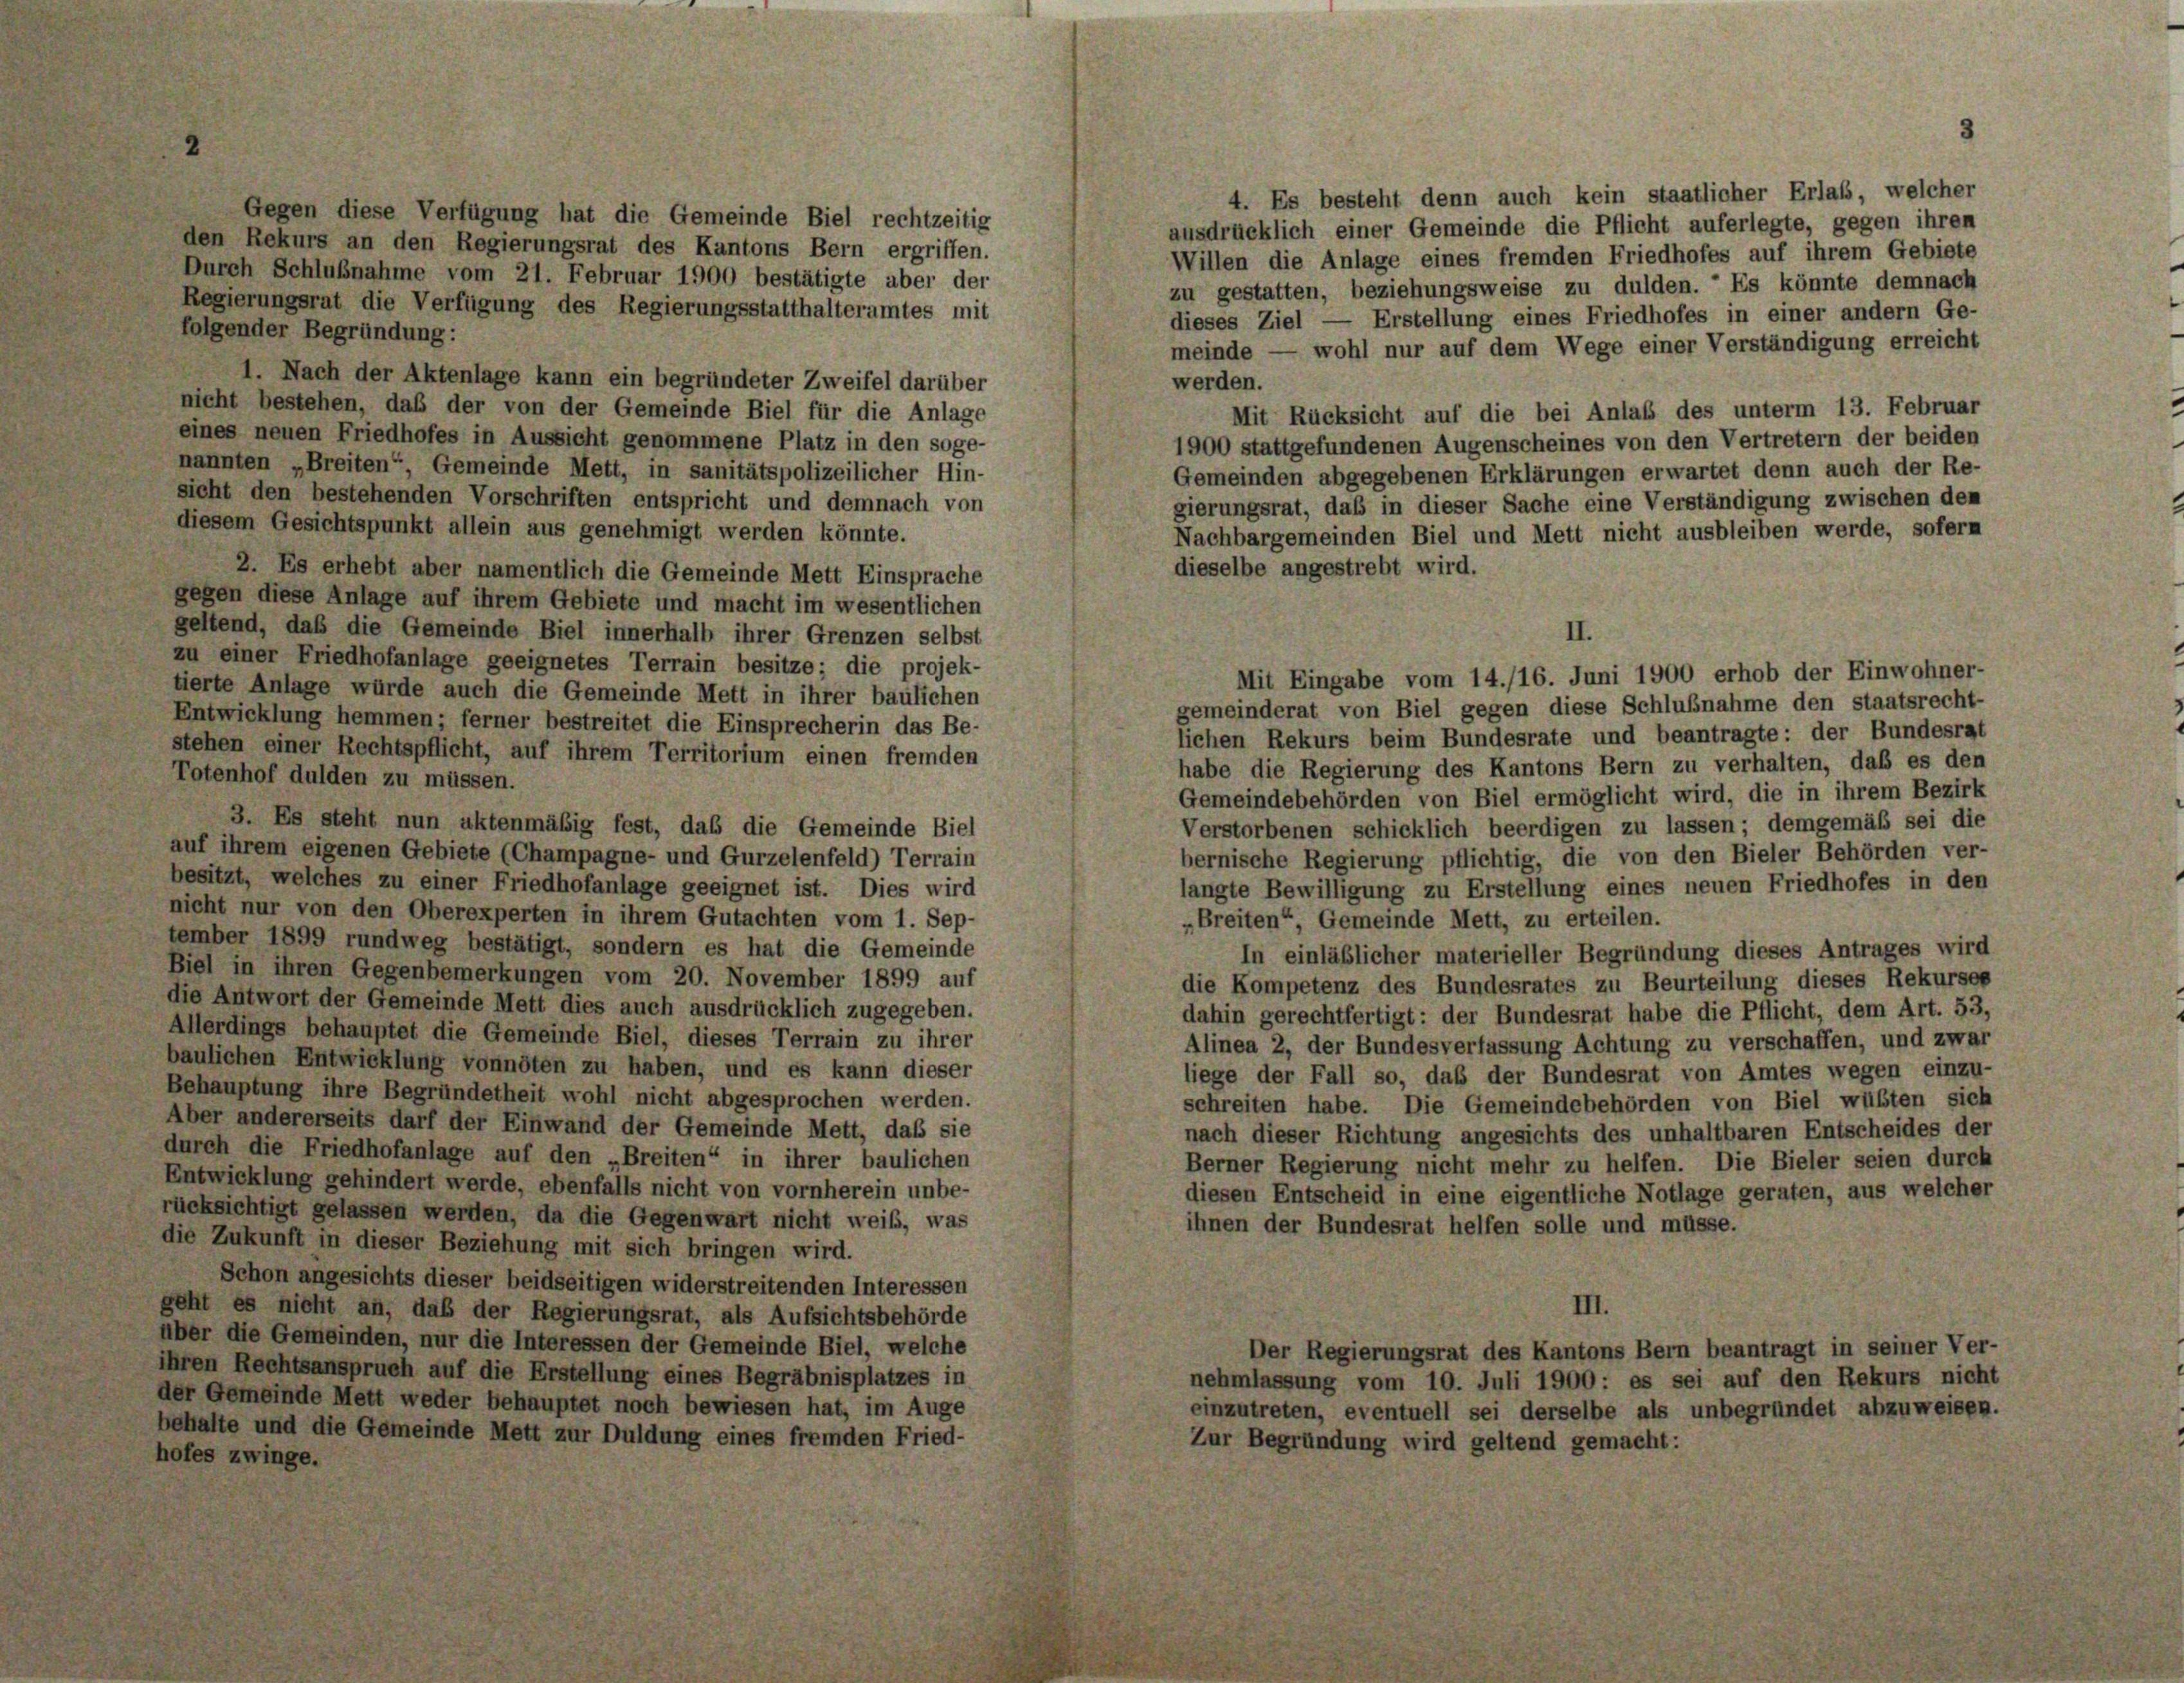
4. Es besteht denn auch kein staatlicher Erlaß, welcher
Gegen diese Verfügung hat die Gemeinde Biel rechtzeitig
ausdrücklich einer Gemeinde die Pflicht auferlegte, gegen ihren
den Rekurs an den Regierungsrat des Kantons Bern ergriffen.
Willen die Anlage eines fremden Friedhofes auf ihrem Gebiete
Durch Schlußnahme vom 21. Februar 1900 bestätigte aber der
zu gestatten, beziehungsweise zu dulden.  Es könnte demnach
Regierungsrat die Verfügung des Regierungsstatthalteramtes mit
dieses Ziel — Erstellung eines Friedhofes in einer andern Ge-
folgender Begründung:
meinde — wohl nur auf dem Wege einer Verständigung erreicht
1. Nach der Aktenlage kann ein begründeter Zweifel darüber
werden.
nicht bestehen, daß der von der Gemeinde Biel für die Anlage
Mit Rücksicht auf die bei Anlaß des unterm 13. Februar
eines neuen Friedhofes in Aussicht genommene Platz in den soge-
1900 stattgefundenen Augenscheines von den Vertretern der beiden
nannten „Breiten“ Gemeinde Mett, in sanitätspolizeilicher Hin-
Gemeinden abgegebenen Erklärungen erwartet denn auch der Re-
sicht den bestehenden Vorschriften entspricht und demnach von
gierungsrat, daß in dieser Sache eine Verständigung zwischen den
diesem Gesichtspunkt allein aus genehmigt werden könnte.
Nachbargemeinden Biel und Mett nicht ausbleiben werde, sofern
dieselbe angestrebt wird.
2. Es erhebt aber namentlich die Gemeinde Mett Einsprache
gegen diese Anlage auf ihrem Gebiete und macht im wesentlichen
geltend, daß die Gemeinde Biel innerhalb ihrer Grenzen selbst
II.
zu einer Friedhofanlage geeignetes Terrain besitze; die projek-
Mit Eingabe vom 14./16. Juni 1900 erhob der Einwohner-
tierte Anlage würde auch die Gemeinde Mett in ihrer baulichen
gemeinderat von Biel gegen diese Schlußnahme den staatsrecht-
Entwicklung hemmen; ferner bestreitet die Einsprecherin das Be-
lichen Rekurs beim Bundesrate und beantragte: der Bundesrat
stehen einer Rechtspflicht, auf ihrem Territorium einen fremden
habe die Regierung des Kantons Bern zu verhalten, daß es den
Totenhof dulden zu müssen.
Gemeindebehörden von Biel ermöglicht wird, die in ihrem Bezirk
3. Es steht nun aktenmäßig fest, das die Gemeinde Biel
Verstorbenen schicklich beerdigen zu lassen; demgemäß sei die
auf ihrem eigenen Gebiete (Champagne- und Gurzelenfeld) Terrain
bernische Regierung pflichtig, die von den Bieler Behörden ver-
besitzt, welches zu einer Friedhofanlage geeignet ist. Dies wird
langte Bewilligung zu Erstellung eines neuen Friedhofes in den
nicht nur von den Oberexperten in ihrem Gutachten vom 1. Sep-
„Breiten“, Gemeinde Mett, zu erteilen.
tember 1899 rundweg bestätigt, sondern es hat die Gemeinde
In einläßlicher materieller Begründung dieses Antrages wird
Biel in ihren Gegenbemerkungen vom 20. November 1899 auf
die Kompetenz des Bundesrates zu Beurteilung dieses Rekurses
die Antwort der Gemeinde Mett dies auch ausdrücklich zugegeben.
dahin gerechtfertigt: der Bundesrat habe die Pflicht, dem Art. 53,
Allerdings behauptet die Gemeinde Biel, dieses Terrain zu ihrer
Alinea 2, der Bundesverfassung Achtung zu verschaffen, und zwar
baulichen Entwicklung vonnöten zu haben, und es kann dieser
liege der Fall so, das der Bundesrat von Amtes wegen einzu-
Behauptung ihre Begründetheit wohl nicht abgesprochen werden.
schreiten habe. Die Gemeindebehörden von Biel wüßten sich
Aber andererseits darf der Einwand der Gemeinde Mett, daß sie
nach dieser Richtung angesichts des unhaltbaren Entscheides der
durch die Friedhofanlage auf den „Breiten“ in ihrer baulichen
Berner Regierung nicht mehr zu helfen. Die Bieler seien durch
Entwicklung gehindert werde, ebenfalls nicht von vornherein unbe-
diesen Entscheid in eine eigentliche Notlage geraten, aus welcher
rücksichtigt gelassen werden, da die Gegenwart nicht weiß, was
ihnen der Bundesrat helfen solle und müsse.
die Zukunft in dieser Beziehung mit sich bringen wird.
Schon angesichts dieser beidseitigen widerstreitenden Interessen
III.
geht es nicht an, daß der Regierungsrat, als Aufsichtsbehörde
über die Gemeinden, nur die Interessen der Gemeinde Biel, welche
Der Regierungsrat des Kantons Bern beantragt in seiner Ver-
ihren Rechtsanspruch auf die Erstellung eines Begräbnisplatzes in
nehmlassung vom 10. Juli 1900: es sei auf den Rekurs nicht
der Gemeinde Mett weder behauptet noch bewiesen hat, im Auge
einzutreten, eventuell sei derselbe als unbegründet abzuweisen.
behalte und die Gemeinde Mett zur Duldung eines fremden Fried-
Zur Begründung wird geltend gemacht:
hofer